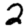
Digit: 2